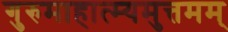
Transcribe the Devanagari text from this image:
गुरुमाहात्म्यमुत्तमम्